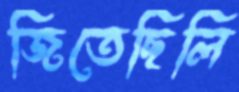
জিতেছিলি